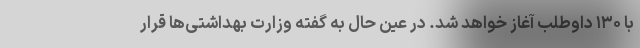
با ۱۳۰ داوطلب آغاز خواهد شد. در عین حال به گفته وزارت بهداشتی‌ها قرار